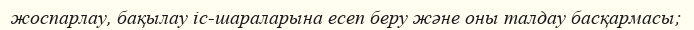
жоспарлау, бақылау іс-шараларына есеп беру және оны талдау басқармасы;